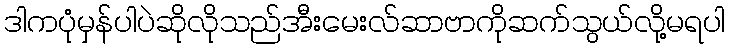
ဒါကပုံမှန်ပါပဲဆိုလိုသည်အီးမေးလ်ဆာဗာကိုဆက်သွယ်လို့မရပါ